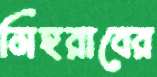
মিহরাবের